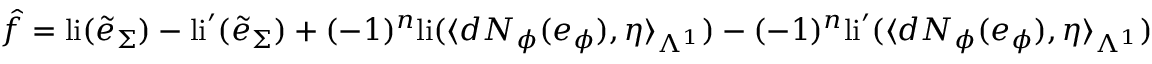
\hat { f } = \mathrm { l i } ( \tilde { e } _ { \Sigma } ) - \mathrm { l i } ^ { \prime } ( \tilde { e } _ { \Sigma } ) + ( - 1 ) ^ { n } \mathrm { l i } ( \langle d N _ { \phi } ( e _ { \phi } ) , \eta \rangle _ { \Lambda ^ { 1 } } ) - ( - 1 ) ^ { n } \mathrm { l i } ^ { \prime } ( \langle d N _ { \phi } ( e _ { \phi } ) , \eta \rangle _ { \Lambda ^ { 1 } } )